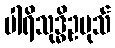
ပါရိသုဒ္ဓိဥပုသ်